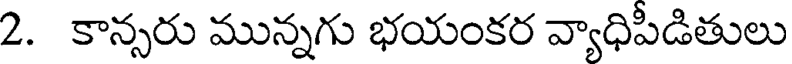
2. కాన్సరు మున్నగు భయంకర వ్యాధిపీడితులు